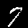
Digit: 7